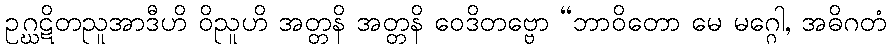
ဥဂ္ဃဋိတညူအာဒီဟိ ဝိညူဟိ အတ္တနိ အတ္တနိ ဝေဒိတဗ္ဗော “ဘာဝိတော မေ မဂ္ဂေါ, အဓိဂတံ